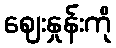
ဈေးနှုန်းကို